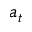
a _ { t }